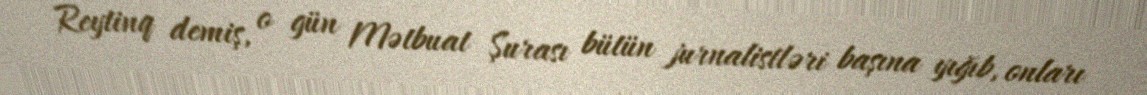
Reytinq demiş, o gün Mətbuat Şurası bütün jurnalistləri başına yığıb, onları